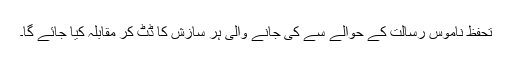
تحفظ ناموس رسالتۖ کے حوالے سے کی جانے والی ہر سازش کا ڈٹ کر مقابلہ کیا جائے گا۔